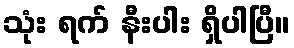
သုံး ရက် နီးပါး ရှိပါပြီ။